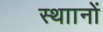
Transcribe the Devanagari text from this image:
स्थाानों